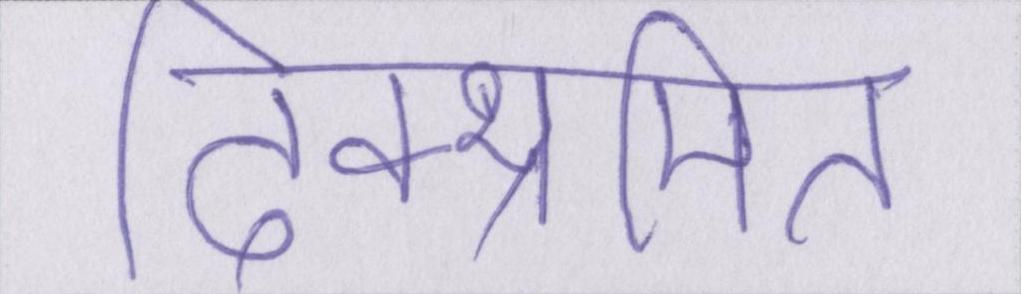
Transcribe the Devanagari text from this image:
दिक्भ्रमित